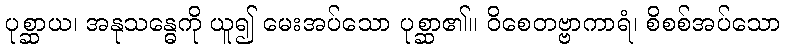
ပုစ္ဆာယ၊ အနုသန္ဓေကို ယူ၍ မေးအပ်သော ပုစ္ဆာ၏။ ဝိစေတဗ္ဗာကာရံ၊ စိစစ်အပ်သော